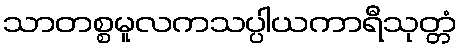
သာတစ္စမူလကသပ္ပါယကာရီသုတ္တံ